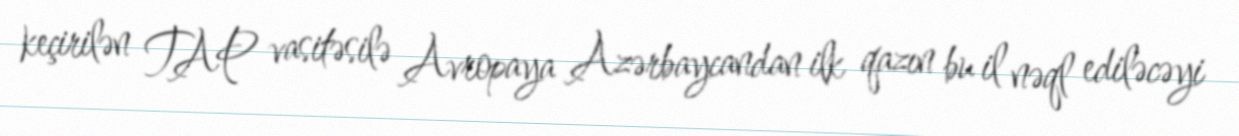
keçirilən TAP vasitəsilə Avropaya Azərbaycandan ilk qazın bu il nəql ediləcəyi